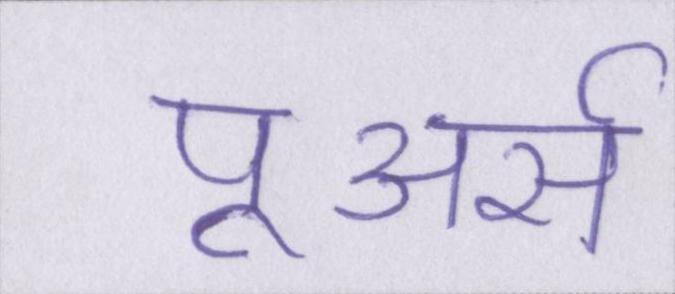
पूअर्स